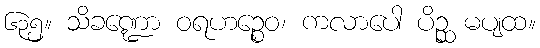
၆၃၅။ သိခဏ္ဍော ဝရဟဉ္စေဝ၊ ကလာပေါ ပိဉ္ဆ မပျထ။